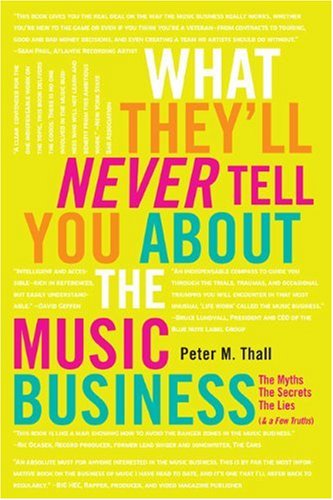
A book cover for What They'll Never Tell You About the Music Business: The Myths, the Secrets, the Lies (& a Few Truths); Peter M. Thall; Arts & Photography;